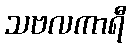
သဗလကာရီ